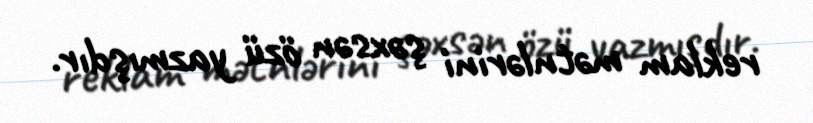
reklam mətnlərini şəxsən özü yazmışdır.